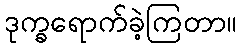
ဒုက္ခရောက်ခဲ့ကြတာ။